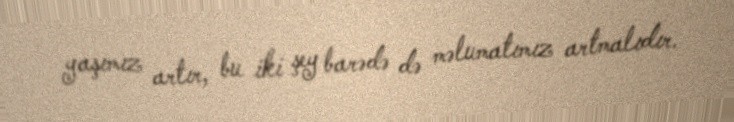
yaşımız artır, bu iki şey barədə də məlumatımız artmalıdır.